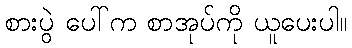
စားပွဲ ပေါ်က စာအုပ်ကို ယူပေးပါ။